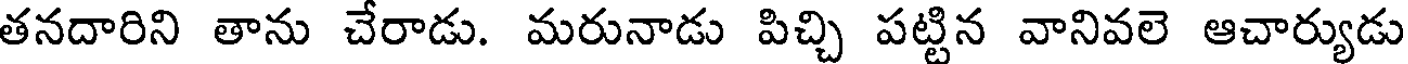
తనదారిని తాను చేరాడు. మరునాడు పిచ్చి పట్టిన వానివలె ఆచార్యుడు